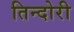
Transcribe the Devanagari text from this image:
तिन्दोरी